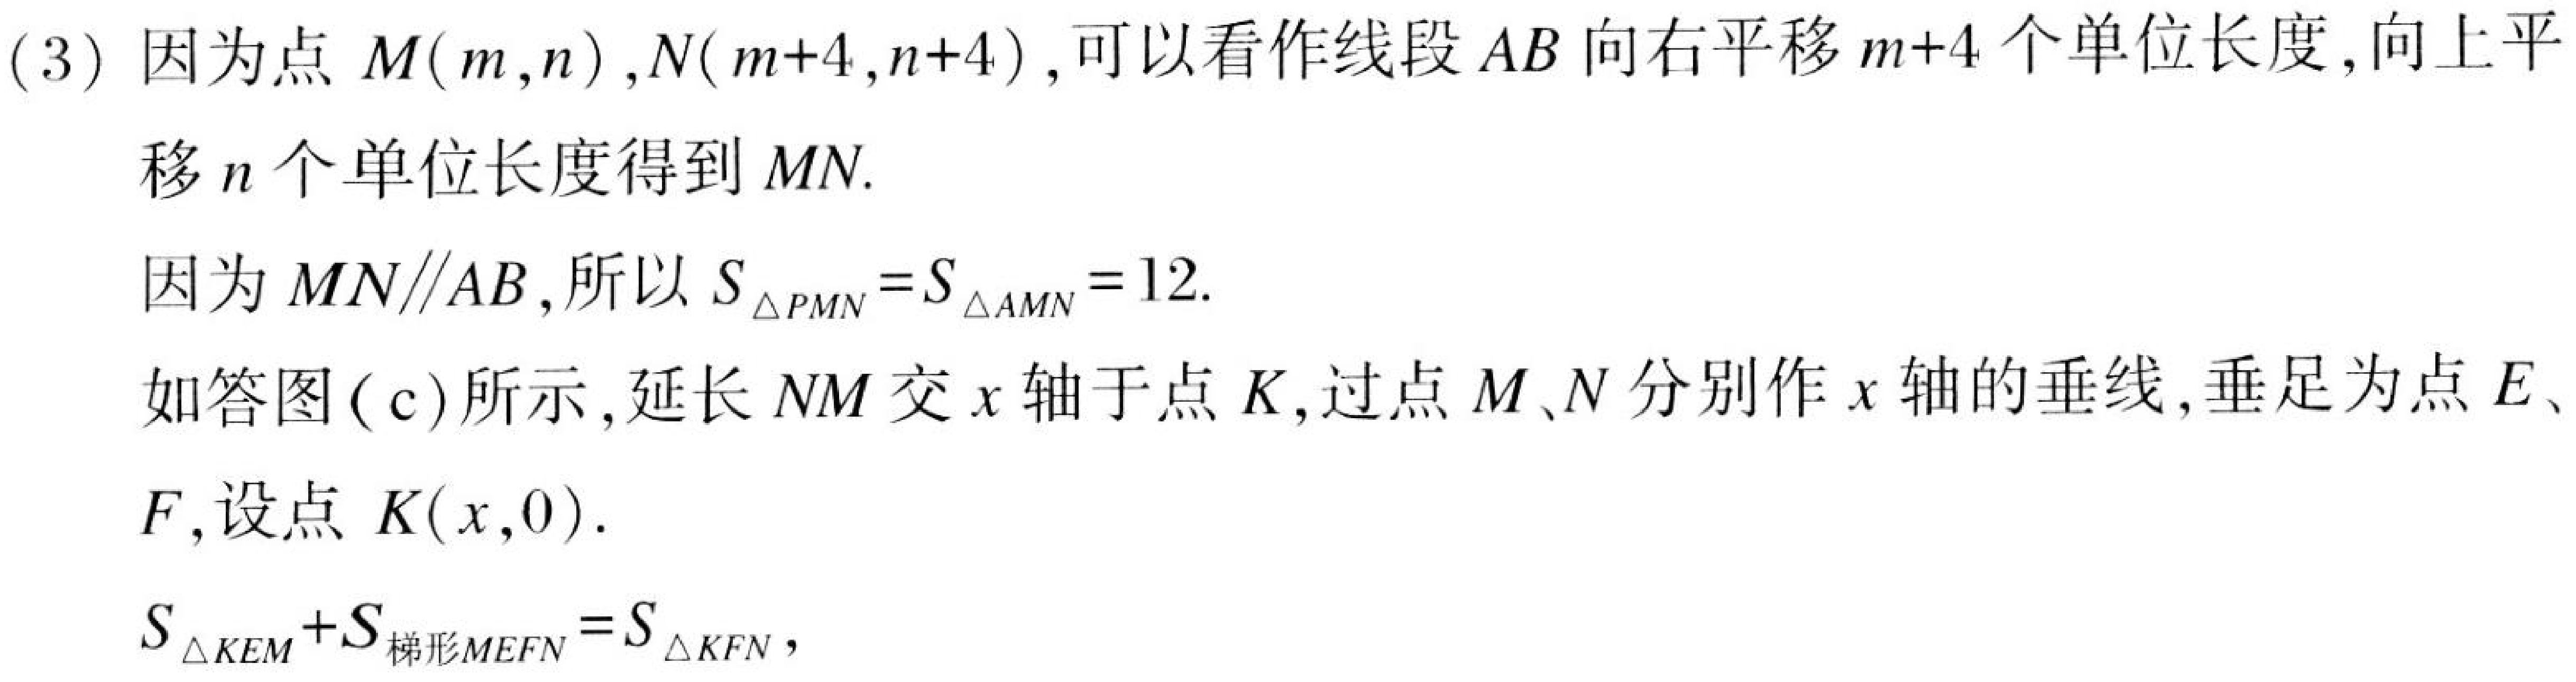
(3) 因为点 \(M(m,n)\), \(N(m + 4,n + 4)\), 可以看作线段 \(AB\) 向右平移 \(m + 4\) 个单位长度，向上平
移 \(n\) 个单位长度得到 \(MN\).
因为 \(MN\parallel AB\), 所以 \(S_{\triangle PMN}=S_{\triangle AMN}=12\).
如答图 (c) 所示, 延长 \(NM\) 交 \(x\) 轴于点 \(K\), 过点 \(M\)、\(N\) 分别作 \(x\) 轴的垂线, 垂足为点 \(E\)、
\(F\), 设点 \(K(x,0)\).
\(S_{\triangle KEM}+S_{梯形 MEFN}=S_{\triangle KFN}\),